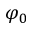
\varphi _ { 0 }